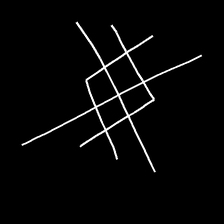
Glyph: crystal